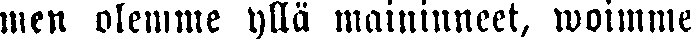
men olemme yllä maininneet, woimme